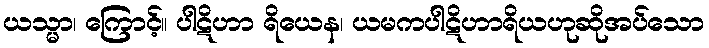
ယသ္မာ၊ ကြောင့်။ ပါဋိဟာ ရိယေန၊ ယမကပါဋိဟာရိယဟုဆိုအပ်သော